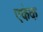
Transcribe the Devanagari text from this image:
एकंक